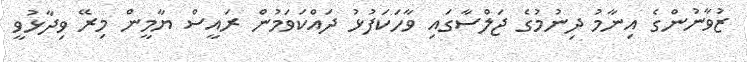
ޒުވާނުންގެ އިނާމު ދިނުމުގެ ޖަލްސާގައި ވާހަކަފުޅު ދައްކަވަމުން ރައީސް ޔާމީން މިރޭ ވިދާޅުވީ